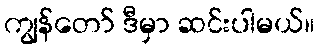
ကျွန်တော် ဒီမှာ ဆင်းပါမယ်။